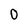
Character: O